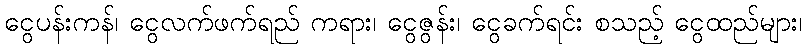
ငွေပန်းကန်၊ ငွေလက်ဖက်ရည် ကရား၊ ငွေဇွန်း၊ ငွေခက်ရင်း စသည့် ငွေထည်များ၊